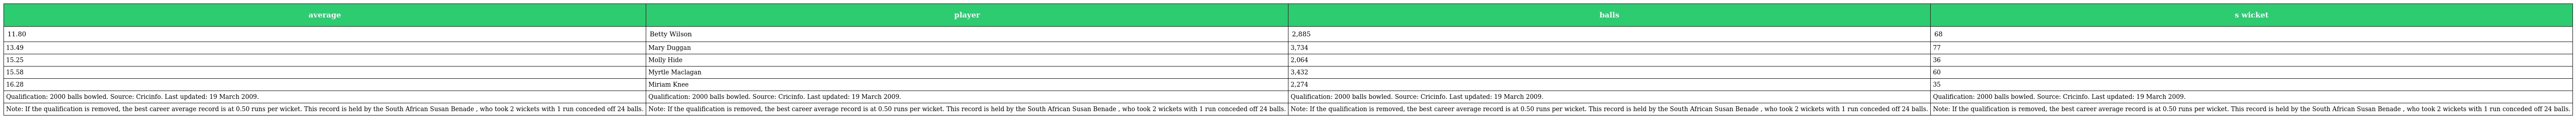
| average | player | balls | s wicket |
 | --- | --- | --- | --- |
 | 11.80 | Betty Wilson | 2,885 | 68 |
 | 13.49 | Mary Duggan | 3,734 | 77 |
 | 15.25 | Molly Hide | 2,064 | 36 |
 | 15.58 | Myrtle Maclagan | 3,432 | 60 |
 | 16.28 | Miriam Knee | 2,274 | 35 |
 | Qualification: 2000 balls bowled. Source: Cricinfo. Last updated: 19 March 2009. | Qualification: 2000 balls bowled. Source: Cricinfo. Last updated: 19 March 2009. | Qualification: 2000 balls bowled. Source: Cricinfo. Last updated: 19 March 2009. | Qualification: 2000 balls bowled. Source: Cricinfo. Last updated: 19 March 2009. |
 | Note: If the qualification is removed, the best career average record is at 0.50 runs per wicket. This record is held by the South African Susan Benade , who took 2 wickets with 1 run conceded off 24 balls. | Note: If the qualification is removed, the best career average record is at 0.50 runs per wicket. This record is held by the South African Susan Benade , who took 2 wickets with 1 run conceded off 24 balls. | Note: If the qualification is removed, the best career average record is at 0.50 runs per wicket. This record is held by the South African Susan Benade , who took 2 wickets with 1 run conceded off 24 balls. | Note: If the qualification is removed, the best career average record is at 0.50 runs per wicket. This record is held by the South African Susan Benade , who took 2 wickets with 1 run conceded off 24 balls. |